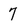
Character: 7